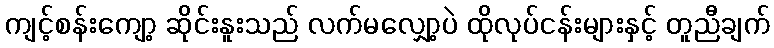
ကျင့်စန်းကျော့ ဆိုင်းနူးသည် လက်မလျှော့ပဲ ထိုလုပ်ငန်းများနှင့် တူညီချက်